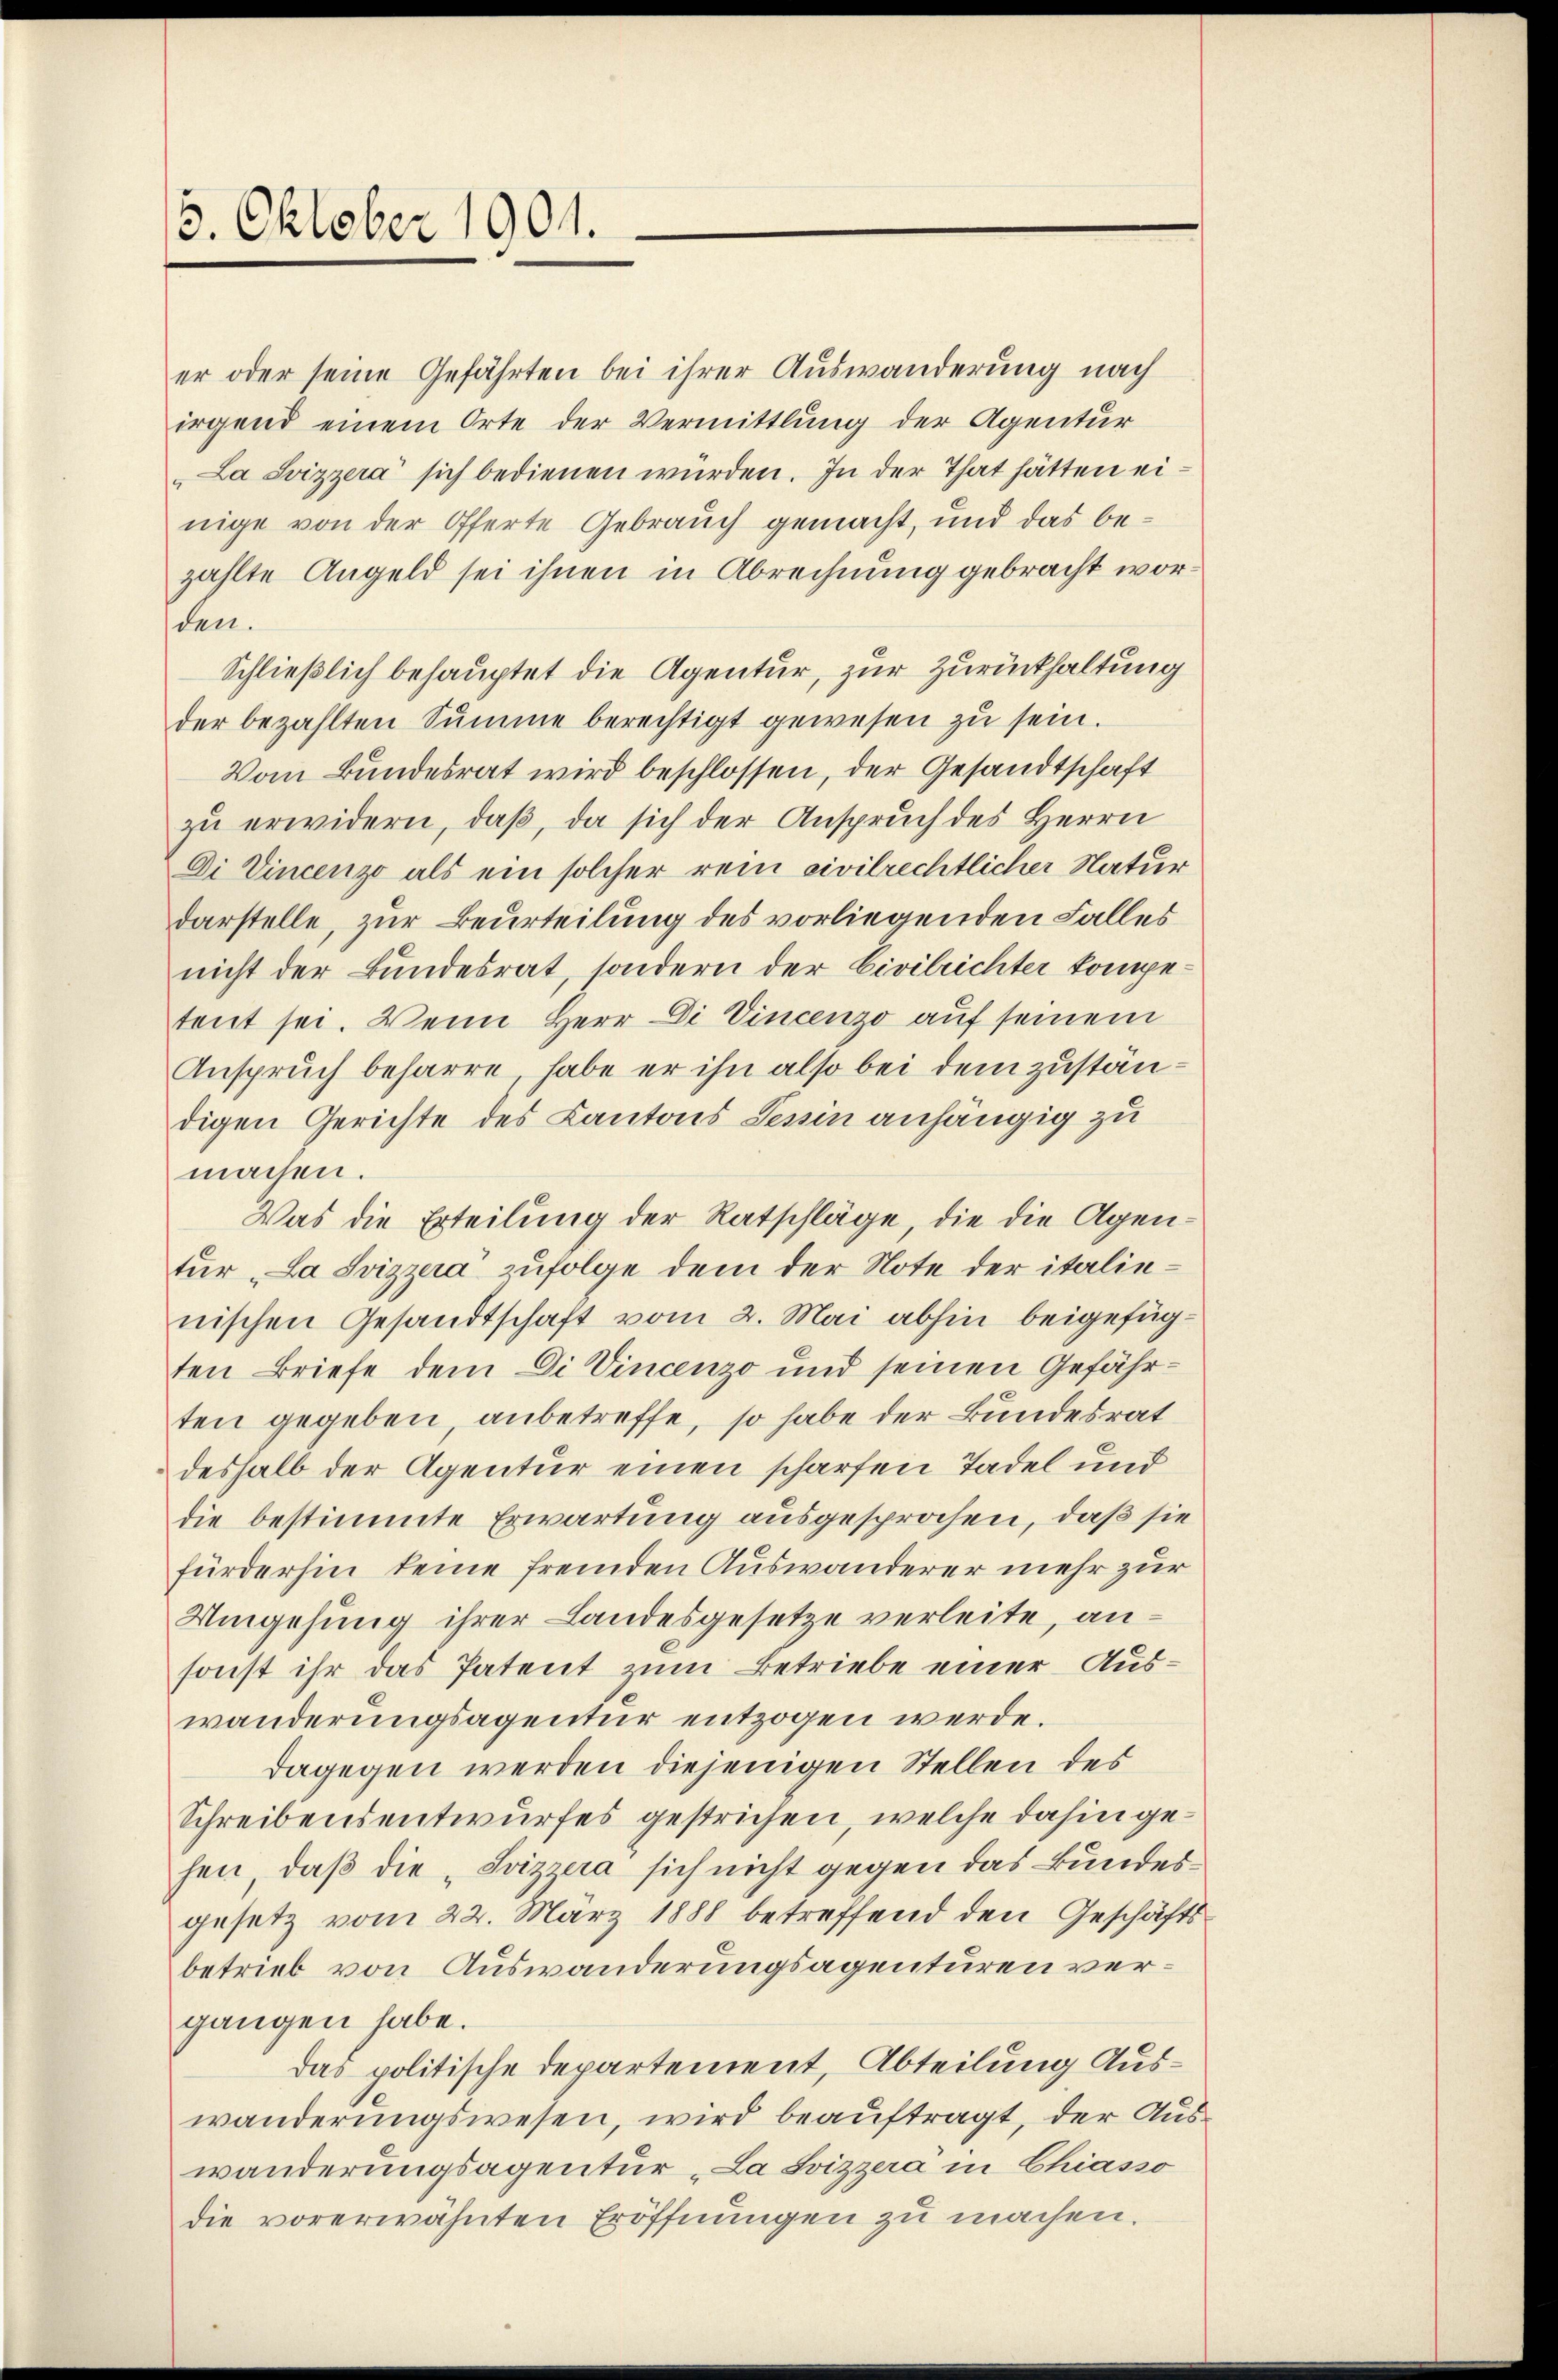
13. Oktober 1901.

er oder seine Gefährten bei ihrer Auswanderung nach
irgend einem Orte der Vermittlung der Agentur
La Svizzera sich bedienen würden. In der That hätten einige von der Offerte Gebrauch gemacht, und das bezählte Angeld sei ihnen in Abrechnung gebracht worden.
Schließlich behauptet die Agentur, zur Zurückhaltung
der bezahlten Summe berechtigt gewesen zu sein.
Vom Bundesrat wird beschlossen, der Gesandtschaft
zu erwidern, daß, da sich der Anspruch des Herrn
Di Vincenzo als ein solcher rein civilrechtlicher Natur
darstelle, zur Beurteilung des vorliegenden Falles
nicht der Bundesrat, sondern der Civilrichter kompetent sei. Wenn Herr Di Vincenzo auf seinem
Anspruch beharre, habe er ihn also bei dem zuständigen Gerichte des Kantons Semin anhängig zu
machen.
Was die Erteilung der Ratschläge, die die Agentur "La Svizzera zufolge dem der Note der italienischen Gesandtschaft vom 2. Mai abhin beigefügten Briefe dem Di Vincenzo und seinen Gefährten gegeben, anbetreffe, so habe der Bundesrat
deshalb der Agentur einen scharfen Tadel und
die bestimmte Erwartung ausgesprochen, daß sie
fürderhin keine fremden Auswanderer mehr zur
Umgehung ihrer Landesgesetze verleite, an
sonst ihr das Patent zum Betriebe einer Auswanderungsagentur entzogen werde.
dagegen werden diejenigen Stellen des
Schreibensentwurfes gestrichen, welche dahin gehen, daß die „Svizzera sich nicht gegen das Bundesgesetz vom 22. März 1888 betreffend den Geschäftsbetrieb von Auswanderungsagenturen vergangen habe.
das politische Departement, Abteilung Auswanderungswesen, wird beauftragt, der Auswanderungsagentur „La Svizzera in Chiasso
die vorerwähnten Eröffnungen zu machen.